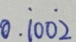
0 . \dot { 1 } 0 0 \dot { 2 }